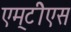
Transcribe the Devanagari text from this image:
एम्‌टीेएस